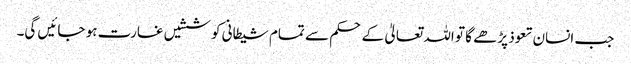
جب انسان تعوذ پڑھے گا تو اللہ تعالیٰ کے حکم سے تمام شیطانی کوششیں غارت ہو جائیں گی۔